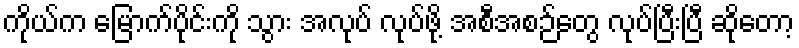
ကိုယ်က မြောက်ပိုင်းကို သွား အလုပ် လုပ်ဖို့ အစီအစဉ်တွေ လုပ်ပြီးပြီ ဆိုတော့